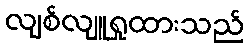
လျစ်လျူရှုထားသည်